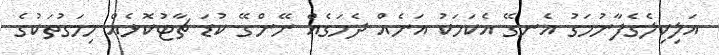
އަލިކިލެގެފާނުމަގު އެނގޭ އެކަމަކު އަނެއް ދެމަގެއް ނޭންގޭ ކުޑަ ޗާޓުކޮޅެއް މިމަގުތަކުގެ